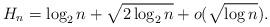
LaTeX: \begin{align*}H_n = \log_{2} n +\sqrt{2\log_{2} n} +o(\sqrt{\log n}).\end{align*}